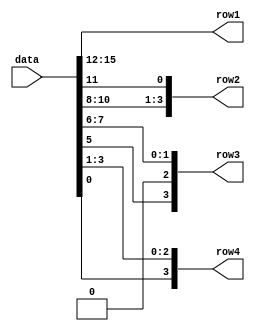
`timescale 1ns / 1ps
//////////////////////////////////////////////////////////////////////////////////
// Company: 
// Engineer: 
// 
// Design Name: 
// Module Name:    Encryption 
// Project Name: 
// Target Devices: 
// Tool versions: 
// Description: 
//
// Dependencies: 
//
// Revision: 
// Revision 0.01 - File Created
// Additional Comments: 
//
//////////////////////////////////////////////////////////////////////////////////
module shiftrows(data, row1, row2, row3, row4);
	input [15:0] data;
	
	output [3:0] row1;
	output [3:0] row2;
	output [3:0] row3;
	output [3:0] row4;
	
	
	assign row1[3:0] = data[15:12];
	assign row2[3:1] = data[10:8];
	assign row2[0]   = data[11];
	assign row3[3:2] = data[5:4];
	assign row3[2:0] = data[7:6];
	assign row4[3]   = data[0];
	assign row4[2:0] = data[3:1];
	
endmodule